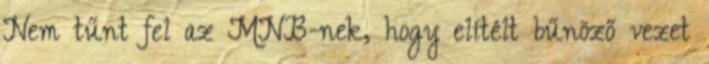
Nem tűnt fel az MNB-nek, hogy elítélt bűnöző vezet